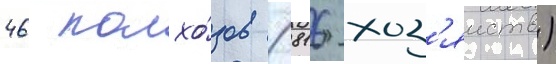
46 колхо́зов (816 хоз'яиств)